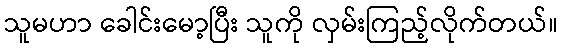
သူမဟာ ခေါင်းမော့ပြီး သူကို လှမ်းကြည့်လိုက်တယ်။